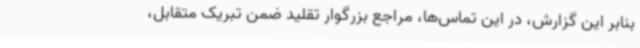
بنابر این گزارش، در این تماس‌ها، مراجع بزرگوار تقلید ضمن تبریک متقابل،